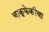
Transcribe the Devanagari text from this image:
चाकूफेकीचा